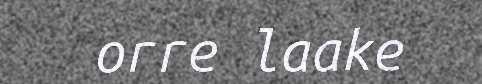
orre laake